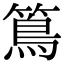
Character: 䉆